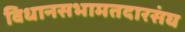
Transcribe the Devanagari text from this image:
विधानसभामतदारसंघ